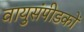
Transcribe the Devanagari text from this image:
वायुसंपीडकों